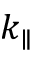
k _ { \parallel }